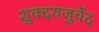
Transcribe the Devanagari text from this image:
शुक्दयजुर्वेद